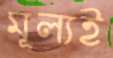
মূল্যই